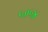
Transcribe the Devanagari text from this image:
५०५४